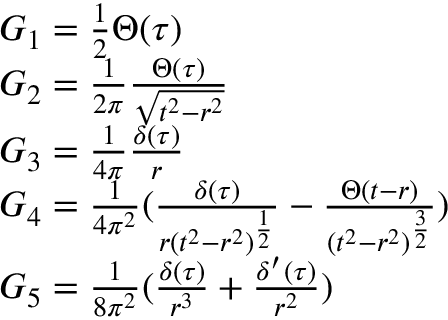
\begin{array} { r l } & { G _ { 1 } = \frac { 1 } { 2 } \Theta ( \tau ) } \\ & { G _ { 2 } = \frac { 1 } { 2 \pi } \frac { \Theta ( \tau ) } { \sqrt { t ^ { 2 } - r ^ { 2 } } } } \\ & { G _ { 3 } = \frac { 1 } { 4 \pi } \frac { \delta ( \tau ) } { r } } \\ & { G _ { 4 } = \frac { 1 } { 4 \pi ^ { 2 } } ( \frac { \delta ( \tau ) } { r ( t ^ { 2 } - r ^ { 2 } ) ^ { \frac { 1 } { 2 } } } - \frac { \Theta ( t - r ) } { ( t ^ { 2 } - r ^ { 2 } ) ^ { \frac { 3 } { 2 } } } ) } \\ & { G _ { 5 } = \frac { 1 } { 8 \pi ^ { 2 } } ( \frac { \delta ( \tau ) } { r ^ { 3 } } + \frac { \delta ^ { \prime } ( \tau ) } { r ^ { 2 } } ) } \end{array}